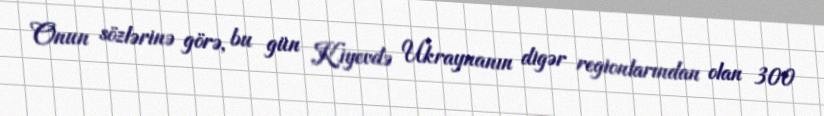
Onun sözlərinə görə, bu gün Kiyevdə Ukraynanın digər regionlarından olan 300